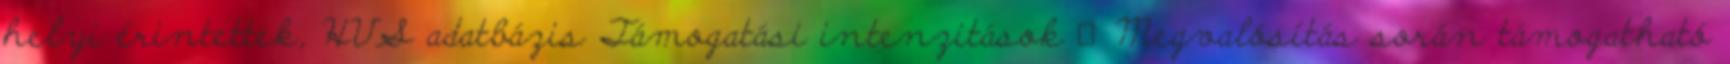
helyi érintettek, HVS adatbázis Támogatási intenzitások ▪Megvalósítás során támogatható